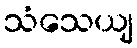
သံသေယျ